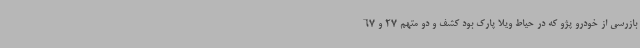
بازرسی از خودرو پژو که در حیاط ویلا پارک بود کشف و دو متهم 27 و 67